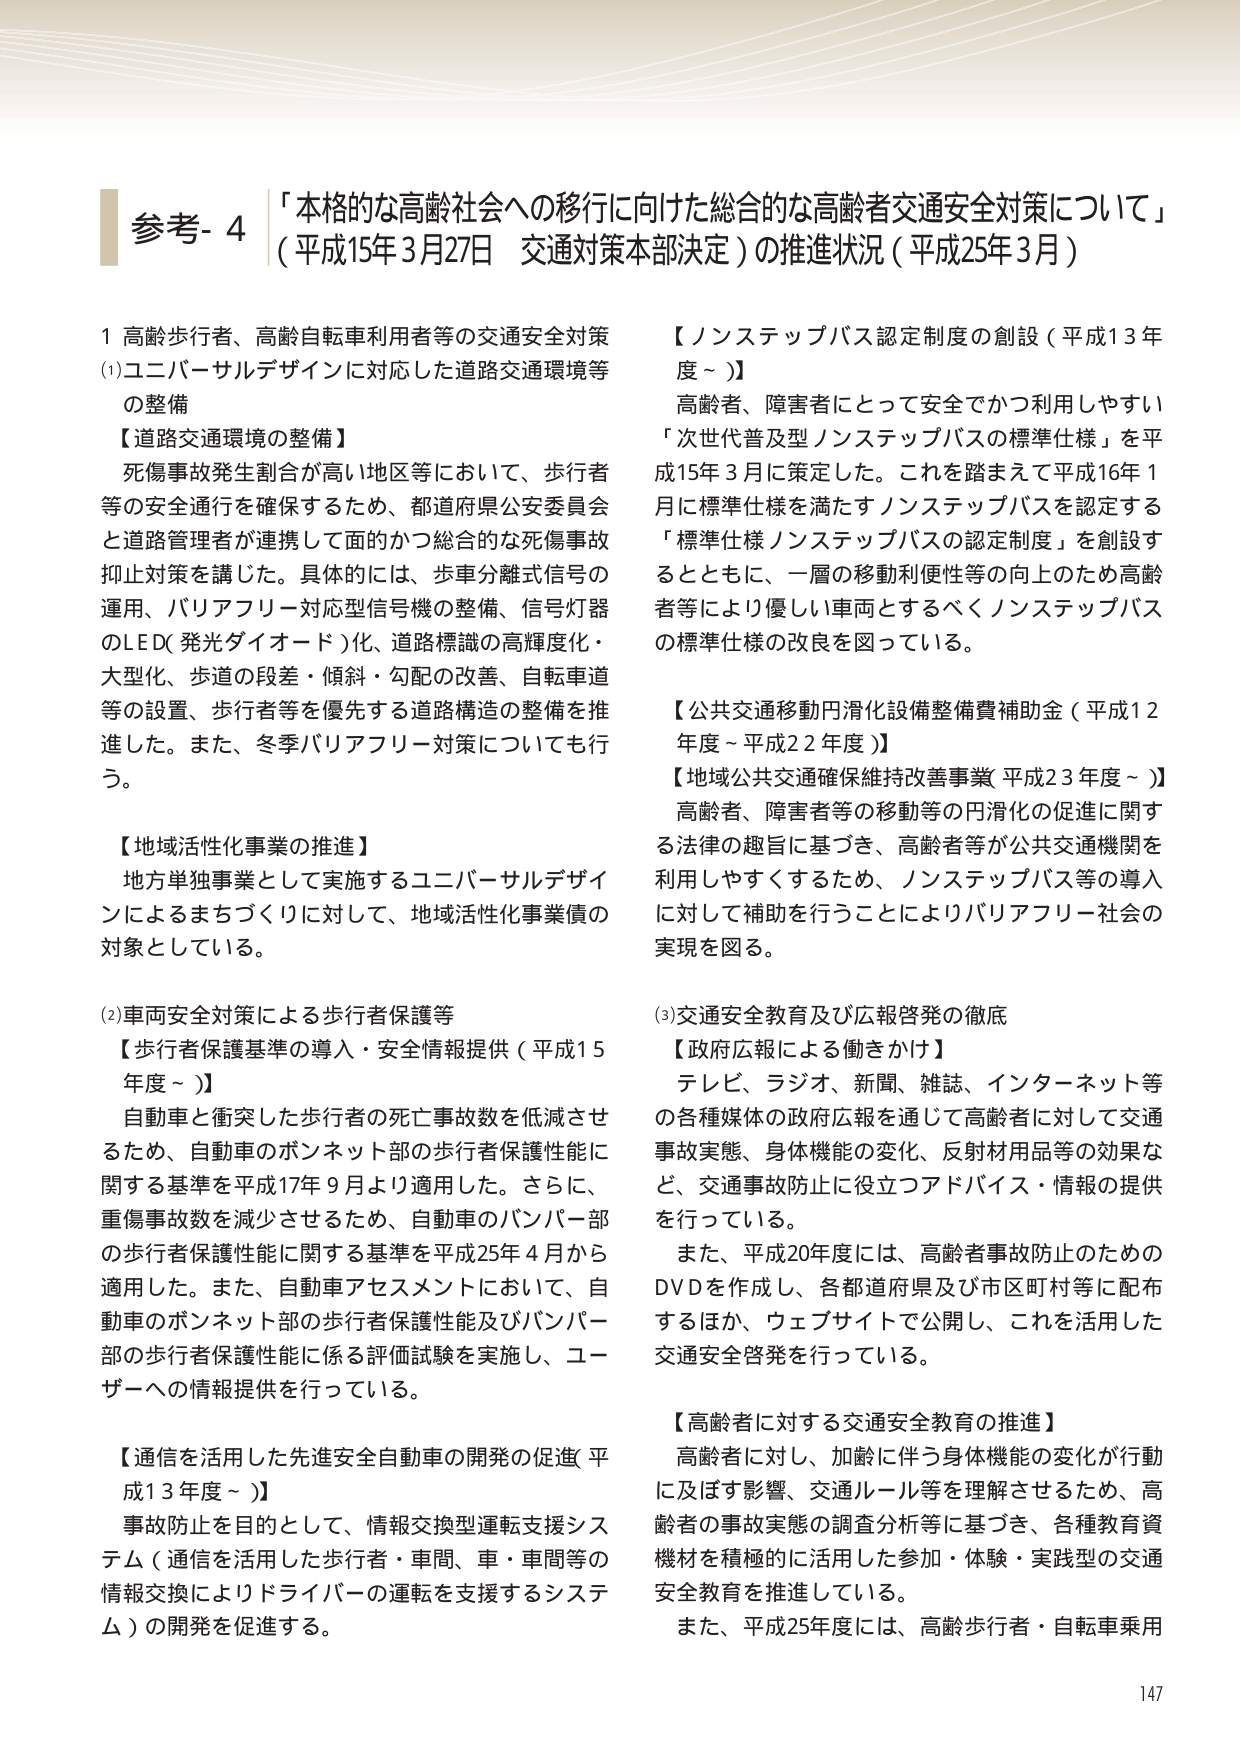
参考- 4 「本格的な高齢社会への移行に向けた総合的な高齢者交通安全対策について」
（平成15年3月27日 交通対策本部決定）の推進状況（平成25年3月）

1 高齢歩行者、高齢自転車利用者等の交通安全対策
(1)ユニバーサルデザインに対応した道路交通環境等
の整備
【道路交通環境の整備】
死傷事故発生割合が高い地区等において、歩行者
等の安全通行を確保するため、都道府県公安委員会
と道路管理者が連携して面的かつ総合的な死傷事故
抑止対策を講じた。具体的には、歩車分離式信号の
運用、バリアフリー対応型信号機の整備、信号灯器
のLED（発光ダイオード）化、道路標識の高輝度化・
大型化、歩道の段差・傾斜・勾配の改善、自転車道
等の設置、歩行者等を優先する道路構造の整備を推
進した。また、冬季バリアフリー対策についても行
う。

【地域活性化事業の推進】
地方単独事業として実施するユニバーサルデザイ
ンによるまちづくりに対して、地域活性化事業債の
対象としている。

(2)車両安全対策による歩行者保護等
【歩行者保護基準の導入・安全情報提供（平成15
年度～）】
自動車と衝突した歩行者の死亡事故数を低減させ
るため、自動車のボンネット部の歩行者保護性能に
関する基準を平成17年9月より適用した。さらに、
重傷事故数を減少させるため、自動車のバンパー部
の歩行者保護性能に関する基準を平成25年4月から
適用した。また、自動車アセスメントにおいて、自
動車のボンネット部の歩行者保護性能及びバンパー
部の歩行者保護性能に係る評価試験を実施し、ユー
ザーへの情報提供を行っている。

【通信を活用した先進安全自動車の開発の促進（平
成13年度～）】
事故防止を目的として、情報交換型運転支援シス
テム（通信を活用した歩行者・車間、車・車間等の
情報交換によりドライバーの運転を支援するシステ
ム）の開発を促進する。

【ノンステップバス認定制度の創設（平成13年
度～）】
高齢者、障害者にとって安全でかつ利用しやすい
「次世代普及型ノンステップバスの標準仕様」を平
成15年3月に策定した。これを踏まえて平成16年1
月に標準仕様を満たすノンステップバスを認定する
「標準仕様ノンステップバスの認定制度」を創設す
るとともに、一層の移動利便性等の向上のため高齢
者等により優しい車両とするべくノンステップバス
の標準仕様の改良を図っている。

【公共交通移動円滑化設備整備費補助金（平成12
年度～平成22年度）】
【地域公共交通確保維持改善事業（平成23年度～）】
高齢者、障害者等の移動等の円滑化の促進に関す
る法律の趣旨に基づき、高齢者等が公共交通機関を
利用しやすくするため、ノンステップバス等の導入
に対して補助を行うことによりバリアフリー社会の
実現を図る。

(3)交通安全教育及び広報啓発の徹底
【政府広報による働きかけ】
テレビ、ラジオ、新聞、雑誌、インターネット等
の各種媒体の政府広報を通じて高齢者に対して交通
事故実態、身体機能の変化、反射材用品等の効果な
ど、交通事故防止に役立つアドバイス・情報の提供
を行っている。
また、平成20年度には、高齢者事故防止のための
DVDを作成し、各都道府県及び市区町村等に配布
するほか、ウェブサイトで公開し、これを活用した
交通安全啓発を行っている。

【高齢者に対する交通安全教育の推進】
高齢者に対し、加齢に伴う身体機能の変化が行動
に及ぼす影響、交通ルール等を理解させるため、高
齢者の事故実態の調査分析等に基づき、各種教育資
機材を積極的に活用した参加・体験・実践型の交通
安全教育を推進している。
また、平成25年度には、高齢歩行者・自転車乗用

147